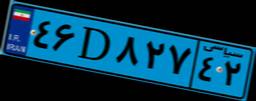
۹۰D۸۸۴۲۹